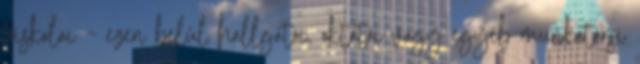
főiskolai – ezen belül hallgatói, oktatói vagy egyéb munkatársi